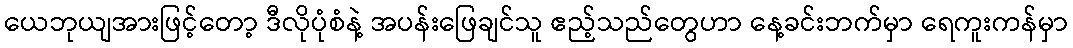
ယေဘုယျအားဖြင့်တော့ ဒီလိုပုံစံနဲ့ အပန်းဖြေချင်သူ ဧည့်သည်တွေဟာ နေ့ခင်းဘက်မှာ ရေကူးကန်မှာ